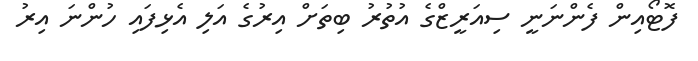
ފޮޓޯއިން ފެންނަނީ ސިއަރީޒްގެ އުތުރު ބިތަށް އިރުގެ އަލި އެޅިފައި ހުންނަ އިރު